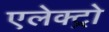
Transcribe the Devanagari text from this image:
एलेक्ट्रो